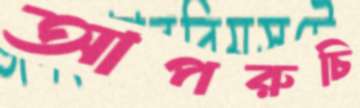
আপরুচি